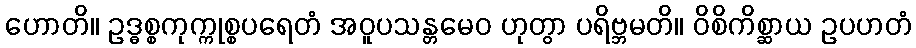
ဟောတိ။ ဥဒ္ဓစ္စကုက္ကုစ္စပရေတံ အဝူပသန္တမေဝ ဟုတွာ ပရိဗ္ဘမတိ။ ဝိစိကိစ္ဆာယ ဥပဟတံ